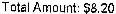
TOTAL AMOUNT: $8.20